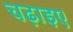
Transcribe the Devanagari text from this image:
चढ़ाइए